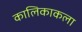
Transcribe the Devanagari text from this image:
कालिकाकला